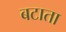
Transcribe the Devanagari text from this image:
बटाता